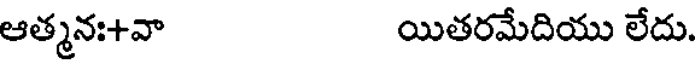
ఆత్మన:+వా యితరమేదియు లేదు.